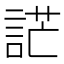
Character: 𧨔